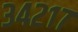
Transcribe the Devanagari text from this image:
३४२१७